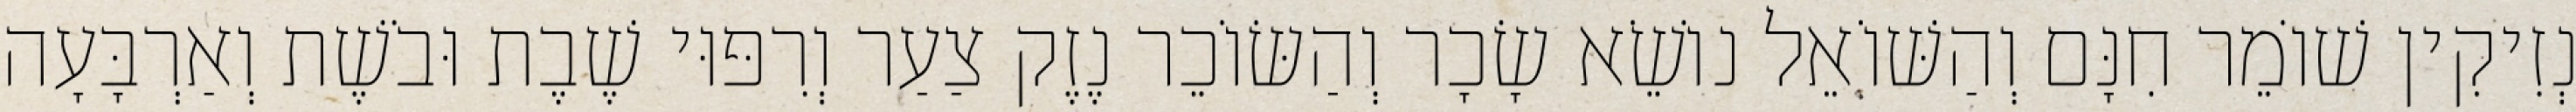
נְזִיקִין שׁוֹמֵר חִנָּם וְהַשּׁוֹאֵל נוֹשֵׂא שָׂכָר וְהַשּׂוֹכֵר נֶזֶק צַעַר וְרִפּוּי שֶׁבֶת וּבֹשֶׁת וְאַרְבָּעָה